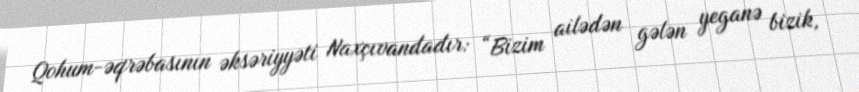
Qohum-əqrəbasının əksəriyyəti Naxçıvandadır: “Bizim ailədən gələn yeganə bizik,